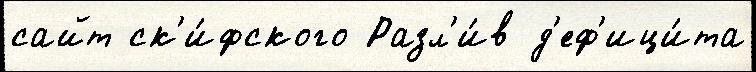
сайт ск'и́фского Разл'и́в д'еф'ици́та